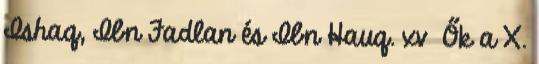
Ishaq, Ibn Fadlan és Ibn Hauq. xv Ők a X.